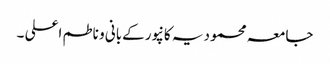
جامعہ محمودیہ کانپورکےبانی و ناطم اعلی ۔